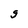
Character: g